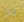
إذا